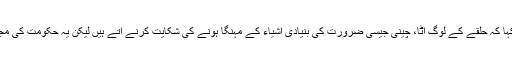
انہوں نے کہا کہ حلقے کے لوگ آٹا، چینی جیسی ضرورت کی بنیادی اشیاء کے مہنگا ہونے کی شکایت کرنے آتے ہیں لیکن یہ حکومت کی مجبوری ہے۔